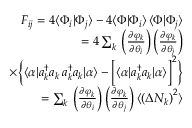
\begin{array} { r l r } & { } & { F _ { i j } = 4 \langle \Phi _ { i } | \Phi _ { j } \rangle - 4 \langle \Phi | \Phi _ { i } \rangle \, \langle \Phi | \Phi _ { j } \rangle } \\ & { } & { = 4 \sum _ { k } \, \left( \frac { \partial \varphi _ { k } } { \partial \theta _ { i } } \right) \left( \frac { \partial \varphi _ { k } } { \partial \theta _ { j } } \right) } \\ & { } & { \times \Big \{ \langle \alpha | a _ { k } ^ { \dagger } a _ { k } \, a _ { k } ^ { \dagger } a _ { k } | \alpha \rangle - \Big [ \langle \alpha | a _ { k } ^ { \dagger } a _ { k } | \alpha \rangle \Big ] ^ { 2 } \Big \} } \\ & { } & { = \sum _ { k } \, \left( \frac { \partial \varphi _ { k } } { \partial \theta _ { i } } \right) \left( \frac { \partial \varphi _ { k } } { \partial \theta _ { j } } \right) \langle \left( \Delta N _ { k } \right) ^ { 2 } \rangle } \end{array}